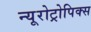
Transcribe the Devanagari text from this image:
न्यूरोट्रोपिक्स